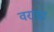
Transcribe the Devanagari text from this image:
वराडा